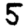
Digit: 5